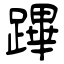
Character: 蹕